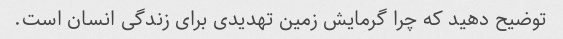
توضیح دهید که چرا گرمایش زمین تهدیدی برای زندگی انسان است.